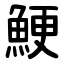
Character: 鯁